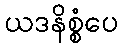
ယဒနိစ္စံပေ